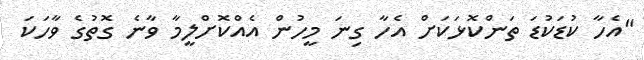
"އެހާ ކުޑަކުޑަ ތަންކޮޅަކަށް އެހާ ގިނަ މީހުން އެއްކޮށްލީމާ ވާނެ ގޮތުގެ ވާހަކަ